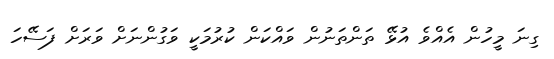
ގިނަ މީހުން އެއްވެ އުޅޭ ތަންތަނުން ވައްކަން ކުރުމަކީ ވަގުންނަށް ވަރަށް ފަސޭހަ